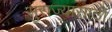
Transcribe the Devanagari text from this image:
सुराज्यासाठी